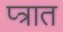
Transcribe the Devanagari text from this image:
प्त्रात